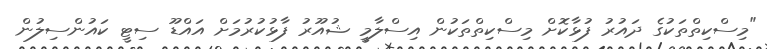
"މިސްކިތްތަކުގެ ދައުރު ފުޅާކޮށް މިސްކިތްތަކުން އިސްލާމީ ޝުއޫރު ފާޅުކުރުމަށް އައްޑޫ ސިޓީ ކައުންސިލުން